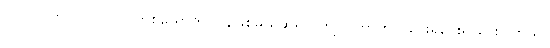
လွတ်လွတ်လပ်လပ် လူတစ်ယောက် ပြန်ဖြစ်မယ်ဆိုရင် ကျုပ် ဘာကိုပဲ ပေးရပေးရ ပေးပါတယ်။